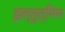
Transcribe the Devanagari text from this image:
इल्तुत्मिस